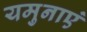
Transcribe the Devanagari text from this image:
यमुनाएं